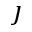
\jmath